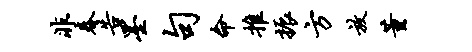
非春告墨句命推振方放董